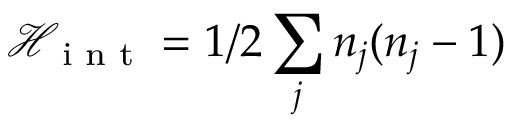
{ \mathcal { H } } _ { \textrm { i n t } } = 1 / 2 \sum _ { j } { n } _ { j } ( { n } _ { j } - 1 )